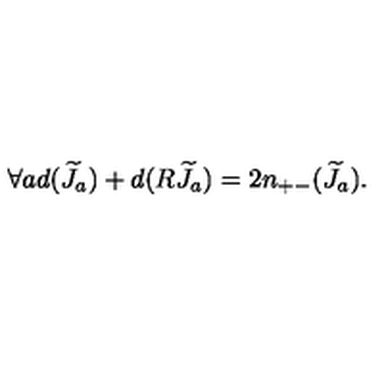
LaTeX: \forall a d ( { \widetilde J } _ { a } ) + d ( R { \widetilde J } _ { a } ) = 2 n _ { + - } ( { \widetilde J } _ { a } ) .